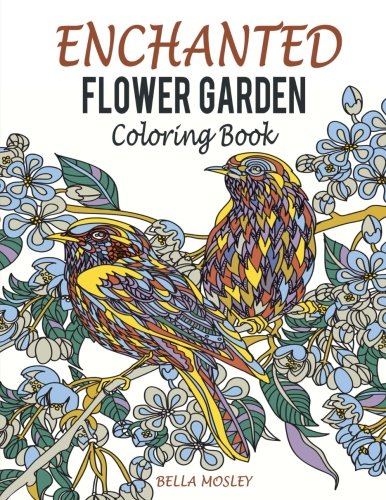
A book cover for Enchanted Flower Garden Coloring Book: Flowers Adult Coloring Book: Using the Secret Beauty of Gardens for A Relaxing Floral Art Therapy (Adult ... Creative Flower Coloring Book) (Volume 1); Bella Mosley; Crafts, Hobbies & Home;